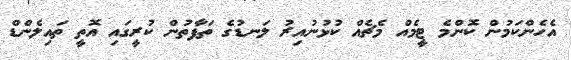
އެހެންކަމުން ކޮންމެ ޓީމެއް މެޗެއް ކުޅުނުއިރު ލަނޑުގެ ތަފާތުން ކުރީގައި އޮތީ ތައިލެންޑް